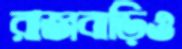
রাজবাড়িও